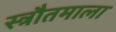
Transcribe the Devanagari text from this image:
स्त्रौतमाला